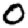
Digit: 0